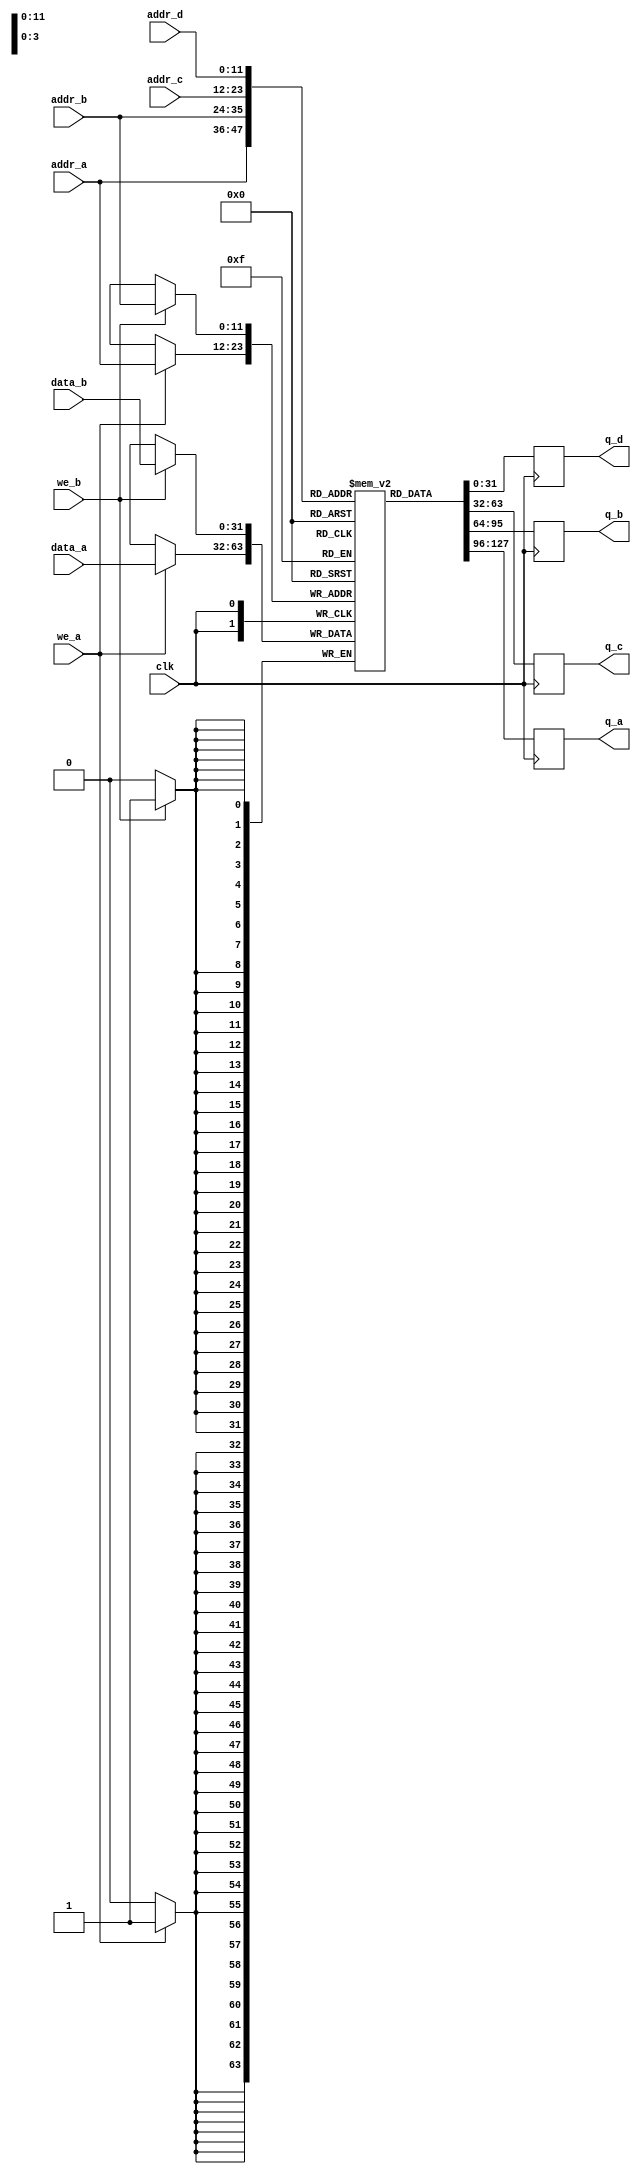
`timescale 1ns / 1ps
//////////////////////////////////////////////////////////////////////////////////
// Company:        ADDA Ltd.
// 
// Design Name: 
// Module Name:    quad_port_ram 
// Project Name: 
// Target Devices: 
// Tool versions: 
// Description:     Can write to port A, B can read from A, B, C, D
//
// Dependencies: 
//
// Revision: 
// Revision 0.01 - File Created
// Additional Comments: 
//
//////////////////////////////////////////////////////////////////////////////////
module parameterized_quad_port_ram(data_a, data_b, addr_a, addr_b, addr_c, addr_d, we_a, we_b, clk, q_a, q_b, q_c, q_d);

  // Parameters
  parameter SIZE          = 4096;
  parameter ADDRESS_SPACE =   12;
  parameter DATA_SIZE     =   32;

  // Inputs
 	input [DATA_SIZE-1:0] data_a;
 	input [DATA_SIZE-1:0] data_b;
	input [ADDRESS_SPACE-1:0] addr_a, addr_b, addr_c, addr_d;
	input we_a, we_b, clk;
  
  // Outputs
	output reg [DATA_SIZE-1:0] q_a, q_b, q_c, q_d;

	// Declare the RAM variable
	reg [DATA_SIZE-1:0] ram[SIZE-1:0];
	
	// Port A - Read/Write
	always @ (posedge clk)
	begin
		if (we_a) 
		begin
        $display("PORT A: Latched value <<%d>> into location %d", data_a, addr_a);
        ram[addr_a] <= data_a;
		end
    $display("PORT A: Outputting value <<%d>> from location %d", ram[addr_a], addr_a);
    q_a <= ram[addr_a];
	end
	
	// Port B - Read/Write
	always @ (posedge clk)
	begin
    if (we_b)
    begin
        $display("PORT B: Latched value <<%d>> into location %d", data_b, addr_b);
        ram[addr_b] <= data_b;
    end
    $display("PORT B: Outputting value <<%d>> from location %d", ram[addr_b], addr_b);
    q_b <= ram[addr_b];
	end

	// Port C - Read Only
	always @ (posedge clk)
	begin
      $display("PORT C: Outputting value <<%d>> from location %d", ram[addr_c], addr_c);
      q_c <= ram[addr_c];
	end
	
	// Port C - Read Only
	always @ (posedge clk)
	begin
      $display("PORT D: Outputting value <<%d>> from location %d", ram[addr_d], addr_d);
      q_d <= ram[addr_d];
	end

endmodule